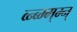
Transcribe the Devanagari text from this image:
व्न्ब्म्म्म्न्